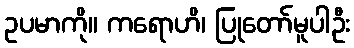
ဥပမာကို။ ကရောဟိ၊ ပြုတော်မူပါဦး